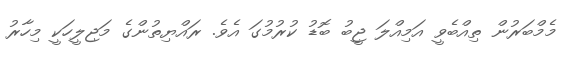
މެމްބަރުން ތިއްބެވީ އަމިއްލަ ޖީބު ބޮޑު ކުރުމުގަ އެވެ. ރައްޔިތުންގެ މަޖިލީހަކީ މިހާރު